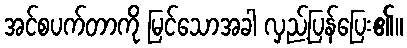
အင်စပက်တာကို မြင်သောအခါ လှည့်ပြန်ပြေး၏။